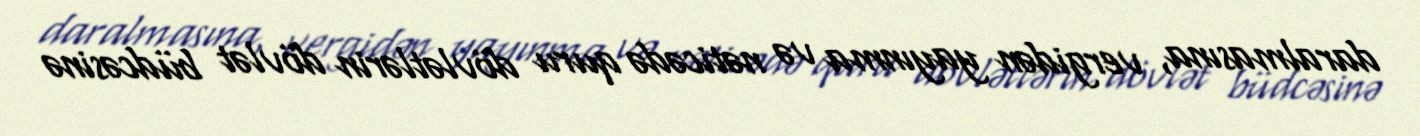
daralmasına, vergidən yayınma və nəticədə quru dövlətlərin dövlət büdcəsinə